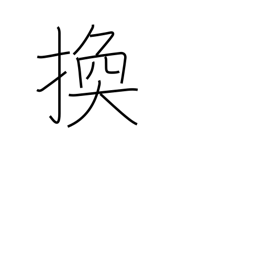
Meaning: interchange